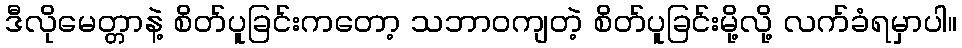
ဒီလိုမေတ္တာနဲ့ စိတ်ပူခြင်းကတော့ သဘာဝကျတဲ့ စိတ်ပူခြင်းမို့လို့ လက်ခံရမှာပါ။